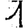
Digit: 1